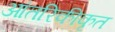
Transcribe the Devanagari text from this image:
आंतरिकीकृत